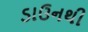
ડાઉનથી